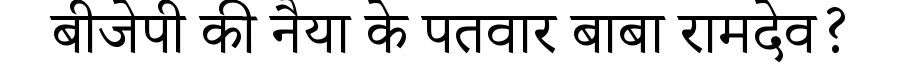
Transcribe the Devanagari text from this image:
बीजेपी की नैया के पतवार बाबा रामदेव?